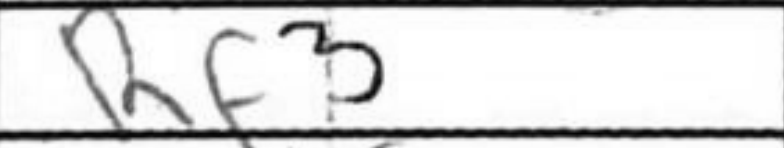
Transcription: Rf3